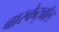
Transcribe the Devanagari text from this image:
बास्केट्बॉल